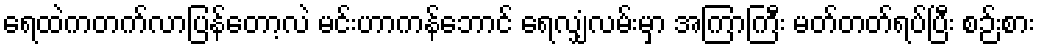
ရေထဲကတက်လာပြန်တော့လဲ မင်းဟာကန်ဘောင် ရေလျှံလမ်းမှာ အကြာကြီး မတ်တတ်ရပ်ပြီး စဉ်းစား